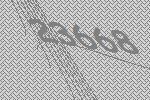
23668